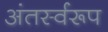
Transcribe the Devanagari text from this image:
अंतर्स्वरूप